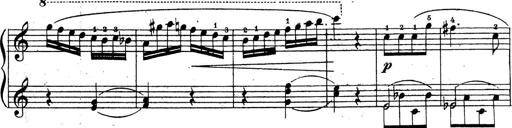
Title: 10 Sonatinas
Composer: Fritz Spindler